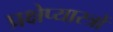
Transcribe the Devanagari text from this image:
प्रक्षेप्यास्त्रों